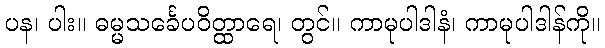
ပန၊ ပါး။ ဓမ္မသင်္ခေပဝိတ္ထာရေ၊ တွင်။ ကာမုပါဒါနံ၊ ကာမုပါဒါန်ကို။